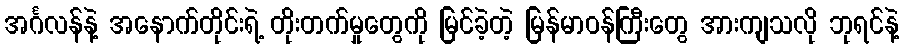
အင်္ဂလန်နဲ့ အနောက်တိုင်းရဲ့ တိုးတက်မှုတွေကို မြင်ခဲ့တဲ့ မြန်မာဝန်ကြီးတွေ အားကျသလို ဘုရင်နဲ့